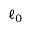
\ell _ { 0 }